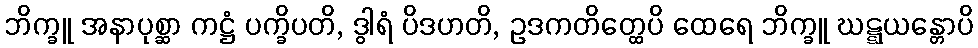
ဘိက္ခူ အနာပုစ္ဆာ ကဋ္ဌံ ပက္ခိပတိ, ဒွါရံ ပိဒဟတိ, ဥဒကတိတ္ထေပိ ထေရေ ဘိက္ခူ ဃဋ္ဋယန္တောပိ